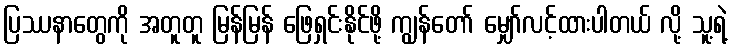
ပြဿနာတွေကို အတူတူ မြန်မြန် ဖြေရှင်းနိုင်ဖို့ ကျွန်တော် မျှော်လင့်ထားပါတယ် လို့ သူ့ရဲ့